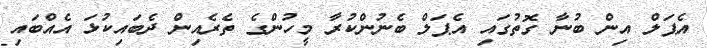
އެޕަލް އިން ބުނާ ގޮތުގައި އެޕަލް ބެނުންކުރާ މީހުންގެ ތެރެއިން ދެބައިކުޅަ އެއްބައި